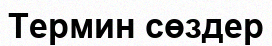
Термин сөздер